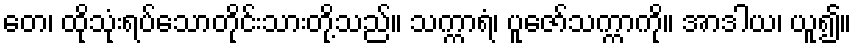
တေ၊ ထိုသုံးရပ်သောတိုင်းသားတို့သည်။ သက္ကာရံ၊ ပူဇော်သက္ကာကို။ အာဒါယ၊ ယူ၍။